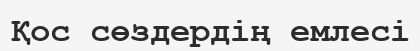
Қос сөздердің емлесі